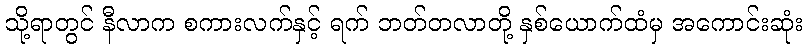
သို့ရာတွင် နီလာက စကားလက်နှင့် ရက် ဘတ်တလာတို့ နှစ်ယောက်ထံမှ အကောင်းဆုံး